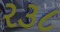
ર૩૮